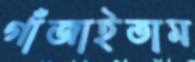
গাঁজাইতাম